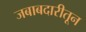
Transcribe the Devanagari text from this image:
जबाबदारीतून